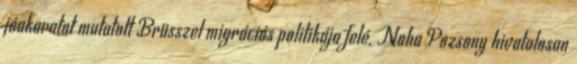
jóakaratot mutatott Brüsszel migrációs politikája felé. Noha Pozsony hivatalosan